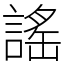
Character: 謠